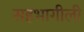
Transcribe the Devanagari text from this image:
सहभागीली